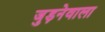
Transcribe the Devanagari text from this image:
जुड़नेवाला